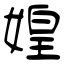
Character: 媓